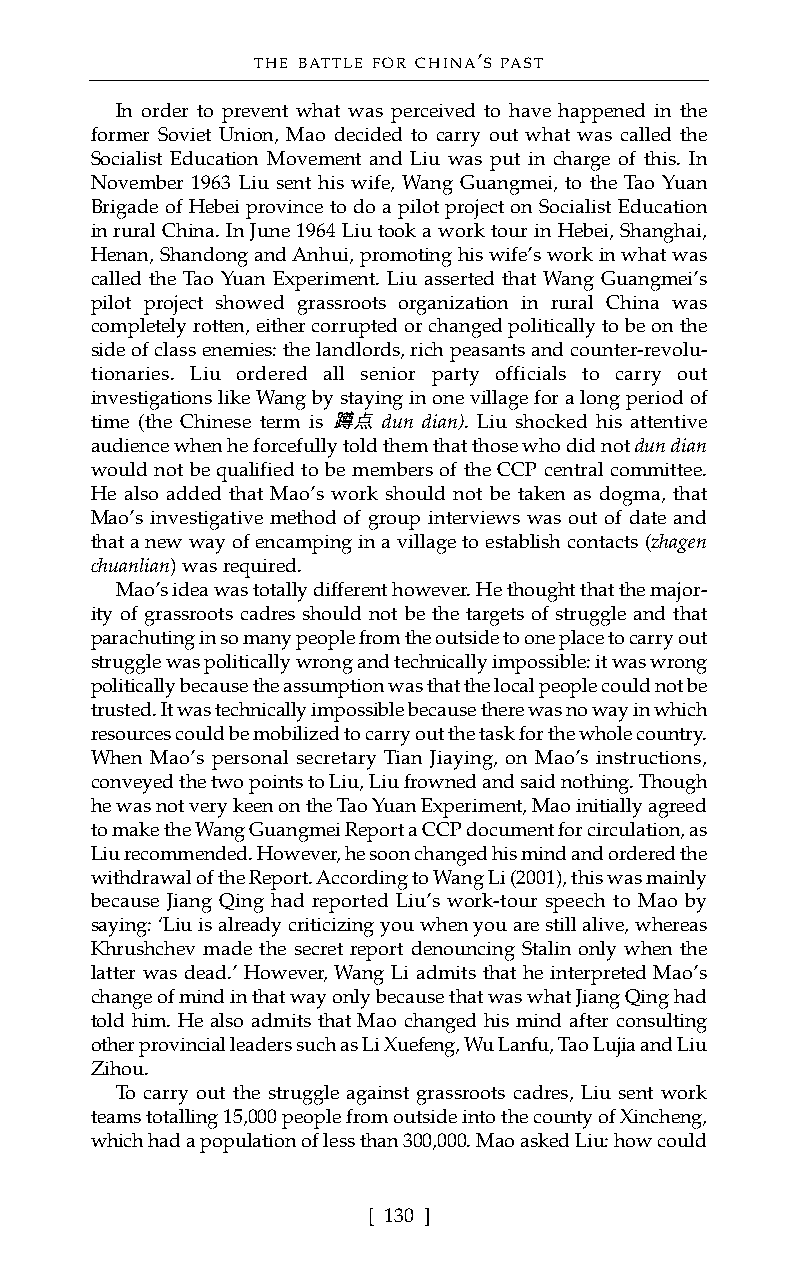
THE BATTLE FOR CHINA’S PAST
 In order to prevent what was perceived to have happened in the
 former Soviet Union, Mao decided to carry out what was called the
 Socialist Education Movement and Liu was put in charge of this. In
 November 1963 Liu sent his wife, Wang Guangmei, to the Tao Yuan
 Brigade of Hebei province to do a pilot project on Socialist Education
 in rural China. In June 1964 Liu took a work tour in Hebei, Shanghai,
 Henan, Shandong and Anhui,promoting his wife’s work in what was
 called the Tao Yuan Experiment. Liu asserted that Wang Guangmei’s
 pilot project showed grassroots organization in rural China was
 completely rotten, either corrupted or changed politically to be on the
 side of class enemies: the landlords, rich peasants and counter-revolu-
 tionaries. Liu ordered all senior party officials to carry out
 investigations like Wang by staying in one village for a long period of
 time (the Chinese term is 蹲点dun dian). Liu shocked his attentive
 audience when he forcefully told them that those who did not dun dian
 would not be qualified to be members of the CCP central committee.
 He also added that Mao’s work should not be taken as dogma, that
 Mao’s investigative method of group interviews was out of date and
 that a new way of encamping in a village to establish contacts (zhagen
 chuanlian) was required.
 Mao’s idea was totally different however. He thought that the major-
 ity of grassroots cadres should not be the targets of struggle and that
 parachuting in so many people from the outside to one place to carry out
 struggle was politically wrong and technically impossible: it was wrong
 politically because the assumption was that the local people could not be
 trusted. It was technically impossible because there was no way in which
 resources could be mobilized to carry out the task for the whole country.
 When Mao’s personal secretary Tian Jiaying, on Mao’s instructions,
 conveyed the two points to Liu, Liu frowned and said nothing. Though
 he was not very keen on the Tao Yuan Experiment, Mao initially agreed
 to make the Wang Guangmei Report a CCP document for circulation, as
 Liu recommended. However, he soon changed his mind and ordered the
 withdrawal of the Report. According to Wang Li (2001), this was mainly
 because Jiang Qing had reported Liu’s work-tour speech to Mao by
 saying: ‘Liu is already criticizing you when you are still alive, whereas
 Khrushchev made the secret report denouncing Stalin only when the
 latter was dead.’ However, Wang Li admits that he interpreted Mao’s
 change of mind in that way only because that was what Jiang Qing had
 told him. He also admits that Mao changed his mind after consulting
 other provincial leaders such as Li Xuefeng, Wu Lanfu, Tao Lujia and Liu
 Zihou.
 To carry out the struggle against grassroots cadres, Liu sent work
 teams totalling 15,000 people from outside into the county of Xincheng,
 which had a population of less than 300,000. Mao asked Liu: how could
 [ 130 ]